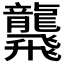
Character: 𪚢